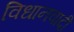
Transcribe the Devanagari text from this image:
विधानवादी